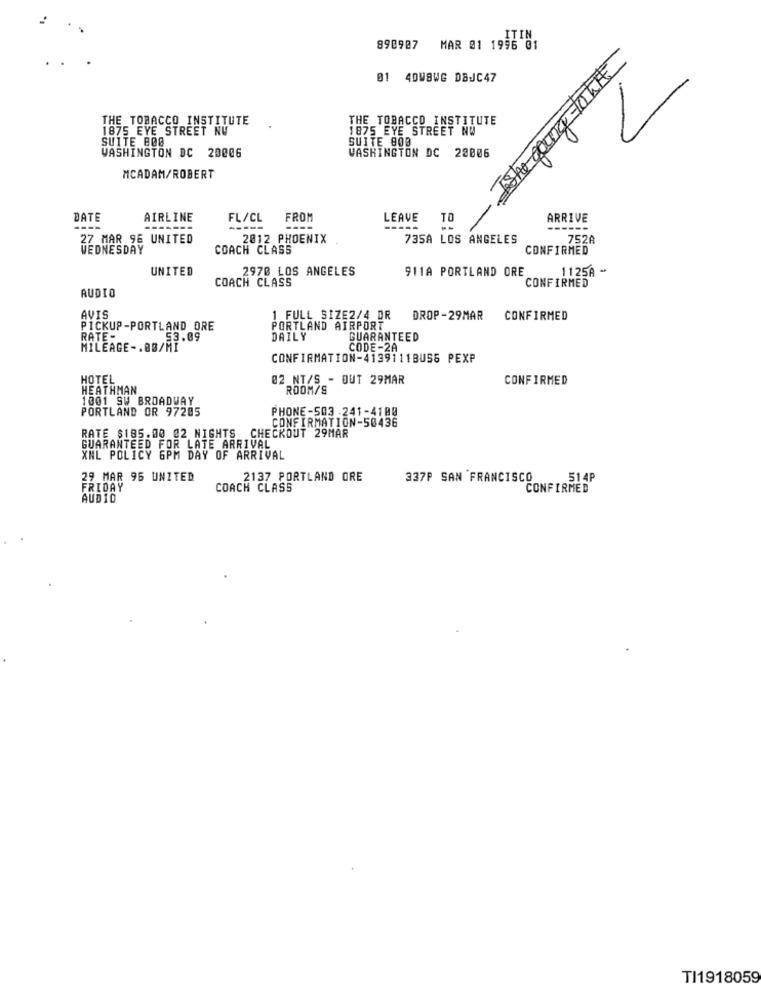
ITIN
890907 MAR @1 1996 01
Ishe gang-1044
1 4DWBWG DBJC47
THE TOBACCO INSTITUTE
THE TOBACCO INSTITUTE
1875 EYE STREET NV
1875 EYE STREET NW
SUITE 800
SUITE 800
WASHINGTON DC 28806
WASHINGTON DC 20006
MCADAM/ROBERT
DATE
AIRLINE
FL/CL
FROM
LEAVE
TO
ARRIVE
----
-----
27 MAR 9E UNITED
2012 PHOENIX
735A LOS ANGELES
752A
WEDNESDAY
COACH CLASS
CONFIRMED
UNITED
2970 LOS ANGELES
911A PORTLAND ORE
1125A -
COACH CLASS
CONFIRMED
AUDIO
AVIS
1_FULL SIZE2/4 DR
DROP-29MAR
CONFIRMED
PICKUP-PORTLAND ORE
PORTLAND AIRPORT
RATE-
53.09
DAILY
GUARANTEED
HILEAGE -. 80/MI
CODE-2A
CONFIRMATION-4139111BUSS PEXP
HOTEL
02_NT/S - OUT 29MAR
CONFIRMED
HEATHMAN
ROOM/S
1001 SW BROADWAY
PORTLAND OR 97205
PHONE-503 -241-4100
CONFIRMATION-50436
RATE $185.00 02 NIGHTS CHECKOUT 29MAR
GUARANTEED FOR LATE ARRIVAL
XNL POLICY 6PM DAY OF ARRIVAL
29 MAR 95 UNITED
2137 PORTLAND ORE
337P SAN FRANCISCO
514P
FRIDAY
COACH CLASS
CONFIRMED
AUDIO
TI1918059